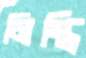
মিস্ত্রি